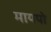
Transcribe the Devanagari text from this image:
मायपो